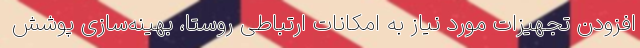
افزودن تجهیزات مورد نیاز به امکانات ارتباطی روستا، بهینه‌سازی پوشش